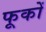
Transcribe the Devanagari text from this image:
फूकों